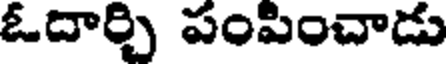
ఓదార్చి పంపించాడు